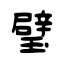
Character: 璧